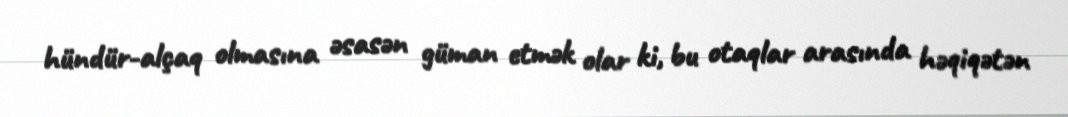
hündür-alçaq olmasına əsasən güman etmək olar ki, bu otaqlar arasında həqiqətən